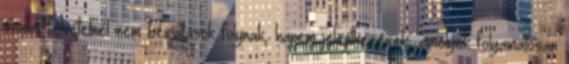
óvodai felvételnél nem beiratások folynak, hanem jelentkezések, amelyek folyamatosan